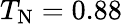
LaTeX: T_{\textrm{N}}=0.88